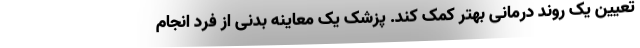
تعیین یک روند درمانی بهتر کمک کند. پزشک یک معاینه بدنی از فرد انجام